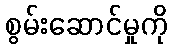
စွမ်းဆောင်မှုကို